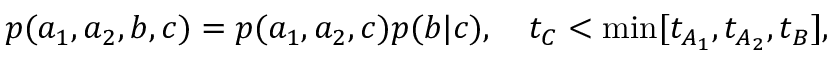
\begin{array} { r } { p ( a _ { 1 } , a _ { 2 } , b , c ) = p ( a _ { 1 } , a _ { 2 } , c ) p ( b | c ) , \quad t _ { C } < \mathrm { m i n } [ t _ { A _ { 1 } } , t _ { A _ { 2 } } , t _ { B } ] , } \end{array}